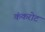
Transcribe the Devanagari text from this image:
कंकरोट